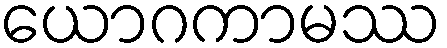
ယောဂကာမဿ